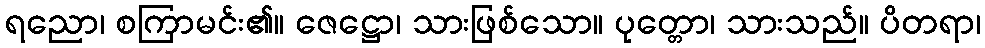
ရညော၊ စကြာမင်း၏။ ဇေဋ္ဌော၊ သားဖြစ်သော။ ပုတ္တော၊ သားသည်။ ပိတရာ၊